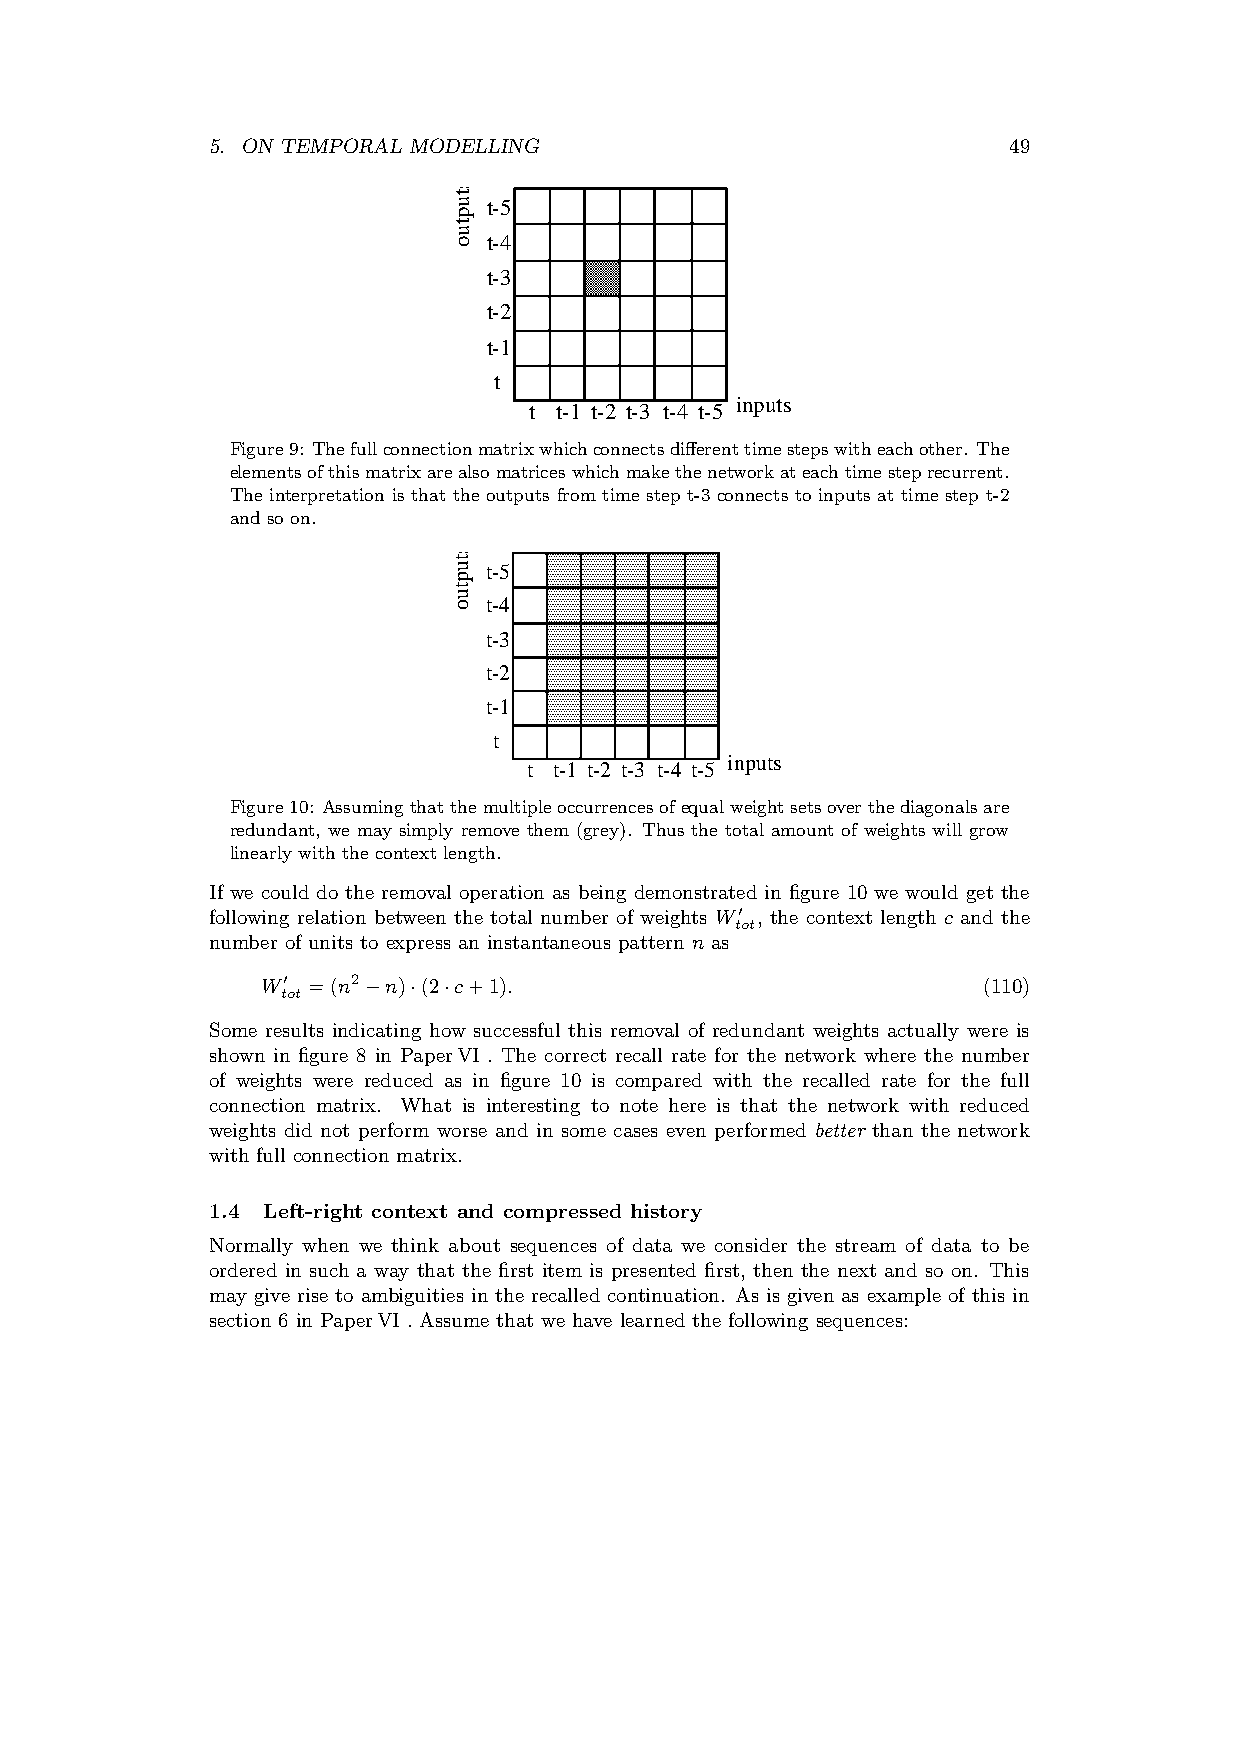
5. ON TEMPORAL MODELLING                             49
 t-5
 t-4
 t-3
 t-2
 t-1
 t
 inputs
 t t-1 t-2 t-3 t-4 t-5
 Figure9: Thefullconnectionmatrixwhichconnectsdifferenttimestepswitheachother. The
 elementsofthismatrixarealsomatriceswhichmakethenetworkateachtimesteprecurrent.
 The interpretation is that the outputs from time step t-3 connects to inputs at time step t-2
 and so on.
 t-5
 t-4
 t-3
 t-2
 t-1
 t
 inputs
 t t-1 t-2 t-3 t-4 t-5
 Figure10: Assumingthatthemultipleoccurrencesofequalweightsetsoverthediagonalsare
 redundant, we may simply remove them (grey). Thus the total amount of weights will grow
 linearly with the context length.
 If we could do the removal operation as being demonstrated in figure 10 we would get the
 following relation between the total number of weights W , the context length c and the
 t0ot
 number of units to express an instantaneous pattern n as
 W  =(n2 n) (2 c+1).                             (110)
 t0ot
 ¡  ¢ ¢
 Some results indicating how successful this removal of redundant weights actually were is
 shown in figure 8 in PaperVI . The correct recall rate for the network where the number
 of weights were reduced as in figure 10 is compared with the recalled rate for the full
 connection matrix. What is interesting to note here is that the network with reduced
 weights did not perform worse and in some cases even performed better than the network
 with full connection matrix.
 1.4 Left-right context and compressed history
 Normally when we think about sequences of data we consider the stream of data to be
 ordered in such a way that the first item is presented first, then the next and so on. This
 may give rise to ambiguities in the recalled continuation. As is given as example of this in
 section 6 in PaperVI . Assume that we have learned the following sequences:
 stuptuo
 stuptuo